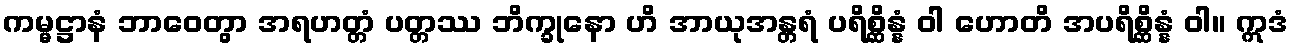
ကမ္မဋ္ဌာနံ ဘာဝေတွာ အရဟတ္တံ ပတ္တဿ ဘိက္ခုနော ဟိ အာယုအန္တရံ ပရိစ္ဆိန္နံ ဝါ ဟောတိ အပရိစ္ဆိန္နံ ဝါ။ ဣဒံ